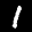
Label: 1